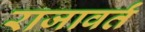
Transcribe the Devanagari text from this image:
राजावर्तं